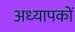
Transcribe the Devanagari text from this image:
अध्‍यापकों